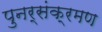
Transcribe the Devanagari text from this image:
पुनर्संक्रमण